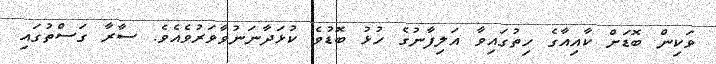
ވަކިން ބޮޑަށް ކާއިއާގެ ހިތުގައިވާ އަލިފާނުގެ ހުޅު ބޮޑުވެ ކުޅަދާނަނުވާވަރުވެއެވެ. ސާރާ ގަސްތުގައި